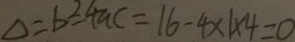
\Delta = b ^ { 2 } - 4 a c = 1 6 - 4 \times 1 \times 4 = 0